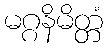
မဂ္ဂနိမိတ္တံ